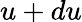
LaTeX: u+du